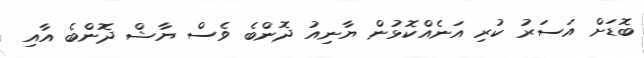
ބޮޑަށް އަސަރު ކުރި އަނެއްކޮޅުން ޔާނިއު ދޮންބެ ވެސް ޔާޝް ދޮންބެ އާއި